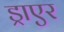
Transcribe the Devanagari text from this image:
ड्राएर